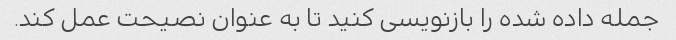
جمله داده شده را بازنویسی کنید تا به عنوان نصیحت عمل کند.